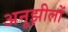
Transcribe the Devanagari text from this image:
अनूझीलों